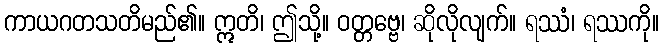
ကာယဂတသတိမည်၏။ ဣတိ၊ ဤသို့။ ဝတ္တဗ္ဗေ၊ ဆိုလိုလျက်။ ရဿံ၊ ရဿကို။